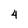
Character: 4